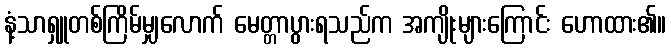
နံ့သာရှူတစ်ကြိမ်မျှလောက် မေတ္တာပွားရသည်က အကျိုးများကြောင်း ဟောထား၏။